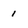
Character: 1